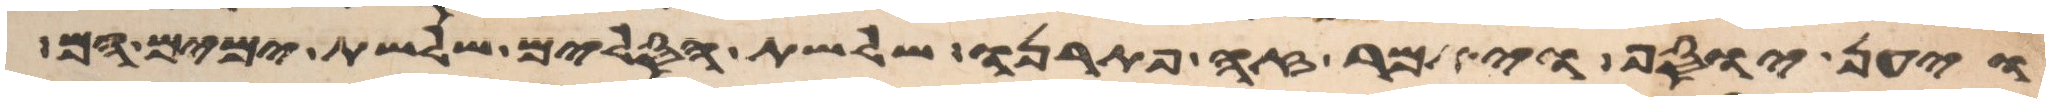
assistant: ויען יוסף ויאמר זה פתרנו שלשת הסלים שלשת ימים הם